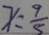
x = \frac { 9 } { 5 }